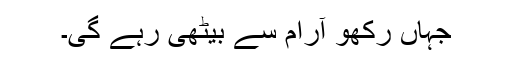
جہاں رکھو آرام سے بیٹھی رہے گی۔